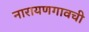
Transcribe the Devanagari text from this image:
नारायणगावची